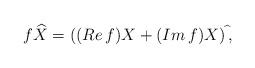
LaTeX: \begin{align*}f\widehat{X}=((Re\,f)X+(Im\,f)X)^{\,\widehat{}},\end{align*}